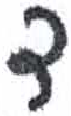
אות: ד